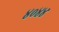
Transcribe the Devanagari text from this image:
४०४४